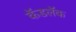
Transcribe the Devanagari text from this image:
कॅडलॅक